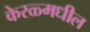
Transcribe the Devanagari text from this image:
केरळ्मधील